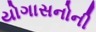
યોગાસનોની